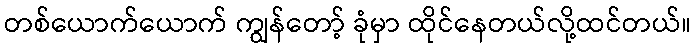
တစ်ယောက်ယောက် ကျွန်တော့် ခုံမှာ ထိုင်နေတယ်လို့ထင်တယ်။